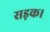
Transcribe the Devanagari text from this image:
सड़क।